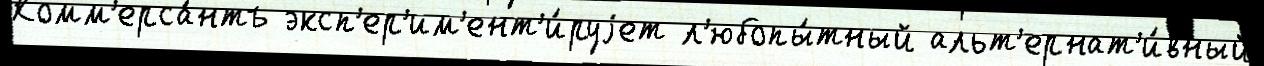
Комм'ерса́нтъ эксп'ер'им'ент'и́руjет л'юбопы́тный альт'ернат'и́вный